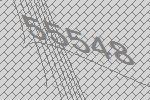
55548